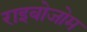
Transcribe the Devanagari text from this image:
राइबोजोम